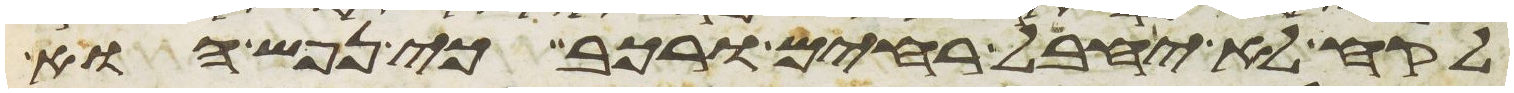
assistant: לקח לא יחבל רחים ורכב כי נפש הוא